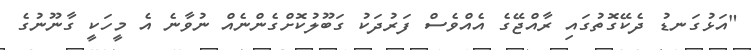
"އަޅުގަނޑު ދެކޭގޮތުގައި ރާއްޖޭގެ އެއްވެސް ފަރުދަކު ގަބޫލުކޮށްގެންނެއް ނުވާނެ އެ މީހަކީ ގާނޫނުގެ